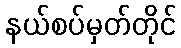
နယ်စပ်မှတ်တိုင်